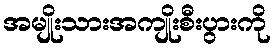
အမျိုးသားအကျိုးစီးပွားကို